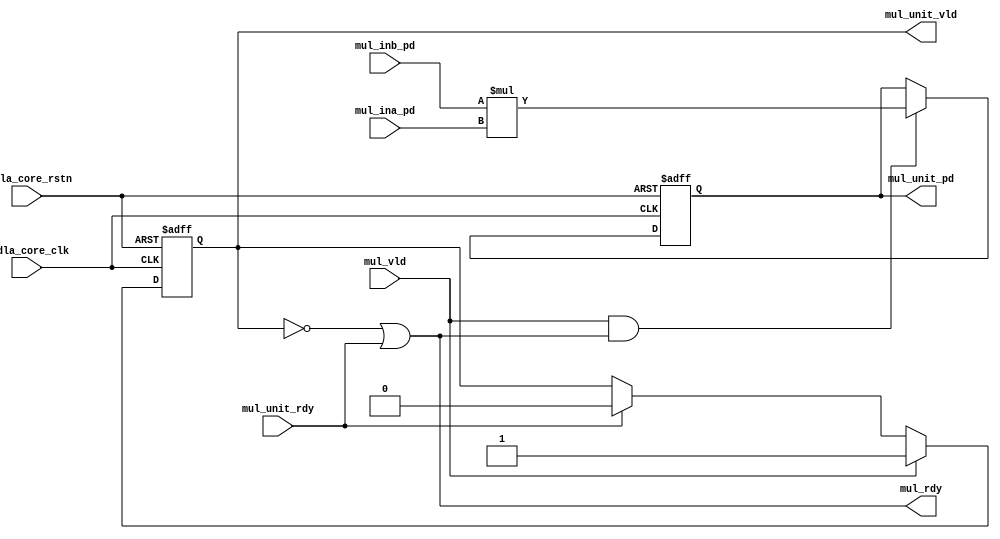
// ================================================================
// NVDLA Open Source Project
//
// Copyright(c) 2016 - 2017 NVIDIA Corporation. Licensed under the
// NVDLA Open Hardware License; Check "LICENSE" which comes with
// this distribution for more information.
// ================================================================
module NV_NVDLA_CDP_DP_MUL_unit (
   nvdla_core_clk
  ,nvdla_core_rstn
  ,mul_ina_pd
  ,mul_inb_pd
  ,mul_unit_rdy
  ,mul_vld
  ,mul_rdy
  ,mul_unit_pd
  ,mul_unit_vld
  );
//////////////////////////////////////////////////////////////////////////
parameter pINA_BW = 9;
parameter pINB_BW = 16;
//////////////////////////////////////////////////////////////////////////
input nvdla_core_clk;
input nvdla_core_rstn;
input mul_vld;
output mul_rdy;
input [pINA_BW-1:0] mul_ina_pd;
input [pINB_BW-1:0] mul_inb_pd;
output mul_unit_vld;
input mul_unit_rdy;
output [pINA_BW+pINB_BW-1:0] mul_unit_pd;
//////////////////////////////////////////////////////////////////////////
reg mul_unit_vld;
reg [pINA_BW+pINB_BW-1:0] mul_unit_pd;
//////////////////////////////////////////////////////////////////////////
assign mul_rdy = ~mul_unit_vld | mul_unit_rdy;
always @(posedge nvdla_core_clk or negedge nvdla_core_rstn) begin
  if (!nvdla_core_rstn) begin
    mul_unit_pd <= {(pINA_BW+pINB_BW){1'b0}};
  end else begin
    if(mul_vld & mul_rdy) begin
        mul_unit_pd <= $signed(mul_inb_pd[pINB_BW-1:0]) * $signed(mul_ina_pd[pINA_BW-1:0]);
    end
  end
end
always @(posedge nvdla_core_clk or negedge nvdla_core_rstn) begin
  if (!nvdla_core_rstn) begin
    mul_unit_vld <= 1'b0;
  end else begin
    if(mul_vld)
        mul_unit_vld <= 1'b1;
    else if(mul_unit_rdy)
        mul_unit_vld <= 1'b0;
  end
end
///////////////////////////////////////////
endmodule // NV_NVDLA_CDP_DP_MUL_unit